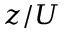
z / U